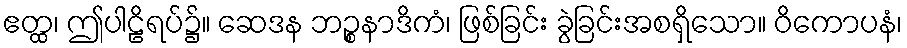
ဧတ္ထ၊ ဤပါဠိရပ်၌။ ဆေဒန ဘဉ္စနာဒိကံ၊ ဖြစ်ခြင်း ခွဲခြင်းအစရှိသော။ ဝိကောပနံ၊